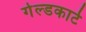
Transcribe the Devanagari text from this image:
गेल्डकार्ट